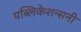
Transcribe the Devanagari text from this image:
पब्लिकेशन्सनी